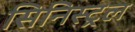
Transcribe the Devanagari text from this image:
सिनिस्ट्रल